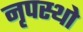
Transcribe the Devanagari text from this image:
नृपस्थो